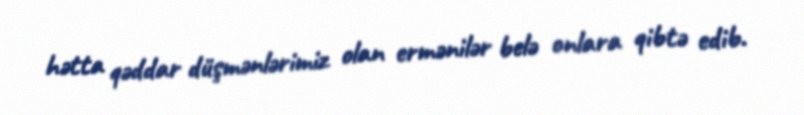
hətta qəddar düşmənlərimiz olan ermənilər belə onlara qibtə edib.